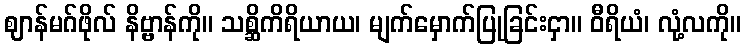
ဈာန်မဂ်ဖိုလ် နိဗ္ဗာန်ကို။ သစ္ဆိကိရိယာယ၊ မျက်မှောက်ပြုခြင်းငှာ။ ဝီရိယံ၊ လုံ့လကို။